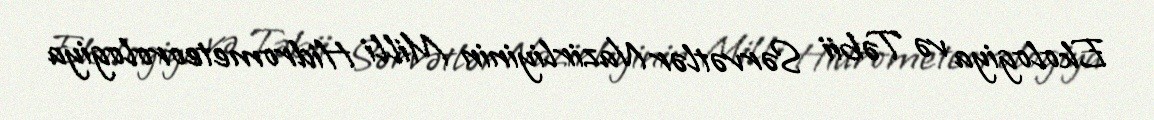
Ekologiya və Təbii Sərvətlər Nazirliyinin Milli Hidrometeorologiya